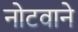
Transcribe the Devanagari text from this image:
नोटवाने